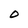
Character: O